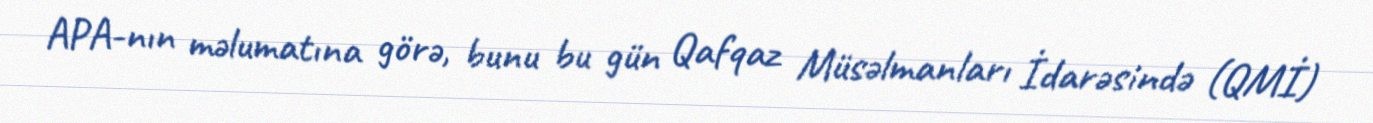
APA-nın məlumatına görə, bunu bu gün Qafqaz Müsəlmanları İdarəsində (QMİ)